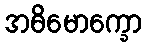
အဓိမောက္ခော